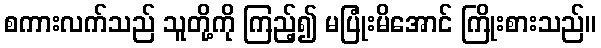
စကားလက်သည် သူတို့ကို ကြည့်၍ မပြုံးမိအောင် ကြိုးစားသည်။